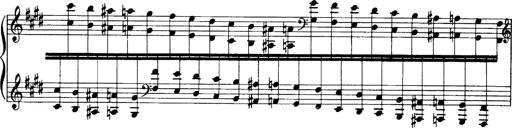
Title: OuvertÃ¼re zu TannhÃ¤user
Composer: Franz Liszt